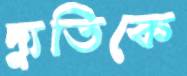
দ্যুতিকে